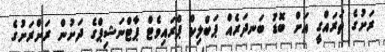
ރަށުގެ ތަރައްގީ އަށް ބޮޑު ބަނދަރެއް ޕަބްލިކް ޕްރައިވެޓް ޕާޓްނަޝިޕްގެ ދަށުން ރަށްރަށުގެ